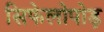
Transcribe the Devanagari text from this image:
सिफेलोपोड़